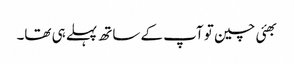
بھئی چین تو آپ کے ساتھ پہلے ہی تھا۔